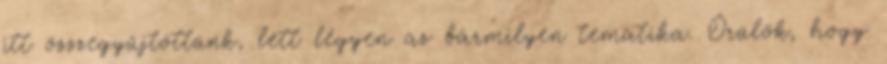
itt összegyűjtöttünk, lett légyen az bármilyen tematika. Örülök, hogy